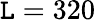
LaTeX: \mathtt{L}=320